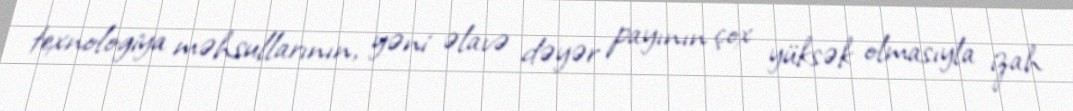
texnologiya məhsullarının, yəni əlavə dəyər payının çox yüksək olmasıyla izah